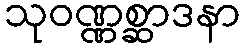
သုဝဏ္ဏစ္ဆာဒနာ